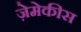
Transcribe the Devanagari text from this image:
ज़ेमेकीस